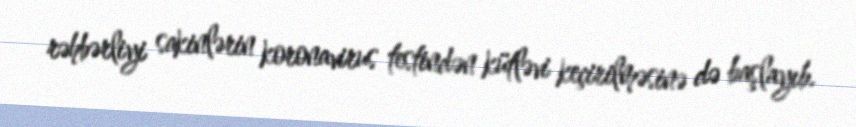
rəhbərliyi sakinlərin koronavirus testindən kütləvi keçirilməsinə də başlayıb.